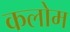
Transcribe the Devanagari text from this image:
कलोम